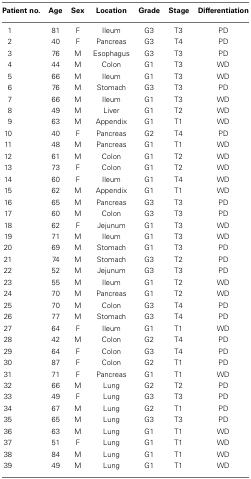
<table><thead><tr><td><b>Patient no.</b></td><td><b>Age</b></td><td><b>Sex</b></td><td><b>Location</b></td><td><b>Grade</b></td><td><b>Stage</b></td><td><b>Differentiation</b></td></tr></thead><tbody><tr><td>1</td><td>81</td><td>F</td><td>Ileum</td><td>G3</td><td>T3</td><td>PD</td></tr><tr><td>2</td><td>40</td><td>F</td><td>Pancreas</td><td>G3</td><td>T4</td><td>PD</td></tr><tr><td>3</td><td>76</td><td>M</td><td>Esophagus</td><td>G3</td><td>T3</td><td>PD</td></tr><tr><td>4</td><td>44</td><td>M</td><td>Colon</td><td>G1</td><td>T3</td><td>WD</td></tr><tr><td>5</td><td>66</td><td>M</td><td>Ileum</td><td>G1</td><td>T3</td><td>WD</td></tr><tr><td>6</td><td>76</td><td>M</td><td>Stomach</td><td>G3</td><td>T3</td><td>PD</td></tr><tr><td>7</td><td>66</td><td>M</td><td>Ileum</td><td>G1</td><td>T3</td><td>WD</td></tr><tr><td>8</td><td>49</td><td>M</td><td>Liver</td><td>G1</td><td>T2</td><td>WD</td></tr><tr><td>9</td><td>63</td><td>M</td><td>Appendix</td><td>G1</td><td>T1</td><td>WD</td></tr><tr><td>10</td><td>40</td><td>F</td><td>Pancreas</td><td>G2</td><td>T4</td><td>PD</td></tr><tr><td>11</td><td>48</td><td>M</td><td>Pancreas</td><td>G1</td><td>T1</td><td>WD</td></tr><tr><td>12</td><td>61</td><td>M</td><td>Colon</td><td>G1</td><td>T2</td><td>WD</td></tr><tr><td>13</td><td>73</td><td>F</td><td>Colon</td><td>G1</td><td>T2</td><td>WD</td></tr><tr><td>14</td><td>60</td><td>F</td><td>Ileum</td><td>G1</td><td>T4</td><td>WD</td></tr><tr><td>15</td><td>62</td><td>M</td><td>Appendix</td><td>G1</td><td>T1</td><td>WD</td></tr><tr><td>16</td><td>65</td><td>M</td><td>Pancreas</td><td>G3</td><td>T3</td><td>PD</td></tr><tr><td>17</td><td>60</td><td>M</td><td>Colon</td><td>G3</td><td>T3</td><td>PD</td></tr><tr><td>18</td><td>62</td><td>F</td><td>Jejunum</td><td>G1</td><td>T3</td><td>WD</td></tr><tr><td>19</td><td>71</td><td>M</td><td>Ileum</td><td>G1</td><td>T3</td><td>WD</td></tr><tr><td>20</td><td>69</td><td>M</td><td>Stomach</td><td>G1</td><td>T3</td><td>PD</td></tr><tr><td>21</td><td>74</td><td>M</td><td>Stomach</td><td>G3</td><td>T2</td><td>PD</td></tr><tr><td>22</td><td>52</td><td>M</td><td>Jejunum</td><td>G3</td><td>T3</td><td>PD</td></tr><tr><td>23</td><td>55</td><td>M</td><td>Ileum</td><td>G1</td><td>T2</td><td>WD</td></tr><tr><td>24</td><td>70</td><td>M</td><td>Pancreas</td><td>G1</td><td>T2</td><td>WD</td></tr><tr><td>25</td><td>70</td><td>M</td><td>Colon</td><td>G3</td><td>T4</td><td>PD</td></tr><tr><td>26</td><td>77</td><td>M</td><td>Stomach</td><td>G3</td><td>T4</td><td>PD</td></tr><tr><td>27</td><td>64</td><td>F</td><td>Ileum</td><td>G1</td><td>T1</td><td>WD</td></tr><tr><td>28</td><td>42</td><td>M</td><td>Colon</td><td>G2</td><td>T4</td><td>PD</td></tr><tr><td>29</td><td>64</td><td>F</td><td>Colon</td><td>G3</td><td>T4</td><td>PD</td></tr><tr><td>30</td><td>87</td><td>F</td><td>Colon</td><td>G2</td><td>T1</td><td>PD</td></tr><tr><td>31</td><td>71</td><td>F</td><td>Pancreas</td><td>G1</td><td>T1</td><td>WD</td></tr><tr><td>32</td><td>66</td><td>M</td><td>Lung</td><td>G2</td><td>T2</td><td>PD</td></tr><tr><td>33</td><td>49</td><td>F</td><td>Lung</td><td>G3</td><td>T3</td><td>PD</td></tr><tr><td>34</td><td>67</td><td>M</td><td>Lung</td><td>G2</td><td>T1</td><td>PD</td></tr><tr><td>35</td><td>65</td><td>M</td><td>Lung</td><td>G3</td><td>T3</td><td>PD</td></tr><tr><td>36</td><td>63</td><td>M</td><td>Lung</td><td>G1</td><td>T1</td><td>WD</td></tr><tr><td>37</td><td>51</td><td>F</td><td>Lung</td><td>G1</td><td>T1</td><td>WD</td></tr><tr><td>38</td><td>84</td><td>M</td><td>Lung</td><td>G1</td><td>T1</td><td>WD</td></tr><tr><td>39</td><td>49</td><td>M</td><td>Lung</td><td>G1</td><td>T1</td><td>WD</td></tr></tbody></table>